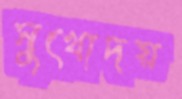
সুখোদয়